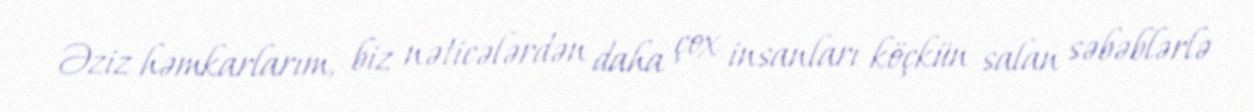
Əziz həmkarlarım, biz nəticələrdən daha çox insanları köçkün salan səbəblərlə